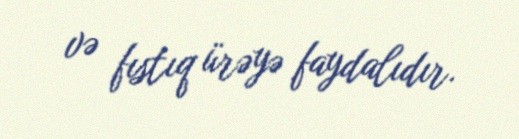
və fıstıq ürəyə faydalıdır.